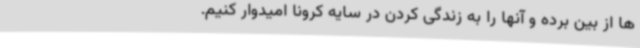
ها از بین برده و آنها را به زندگی کردن در سایه کرونا امیدوار کنیم.